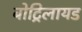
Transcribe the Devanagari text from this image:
बोट्रिलायड